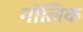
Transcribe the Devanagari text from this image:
गॉलिक